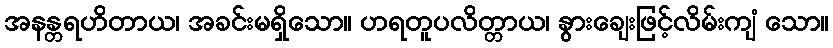
အနန္တရဟိတာယ၊ အခင်းမရှိသော။ ဟရတူပလိတ္တာယ၊ နွားချေးဖြင့်လိမ်းကျံ သော။